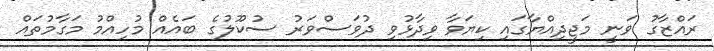
ރައްޒާގު ވަނީ މަޖީދިއްޔާގައި ކިޔަވާ ވިދާޅުވި ދުވަސްވަރު ސުކޫލުގެ ބައެއް މުހިއްމު މަގާމުތައް